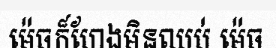
ម៉េចក៏ហែងមិនឈប់ ម៉េច